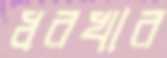
ধরখার